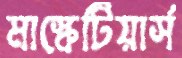
মাস্কেটিয়ার্স